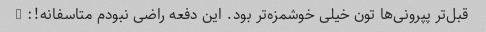
قبل‌تر پپرونی‌ها تون خیلی خوشمزه‌تر بود. این دفعه راضی نبودم متاسفانه!: (